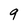
Character: 9